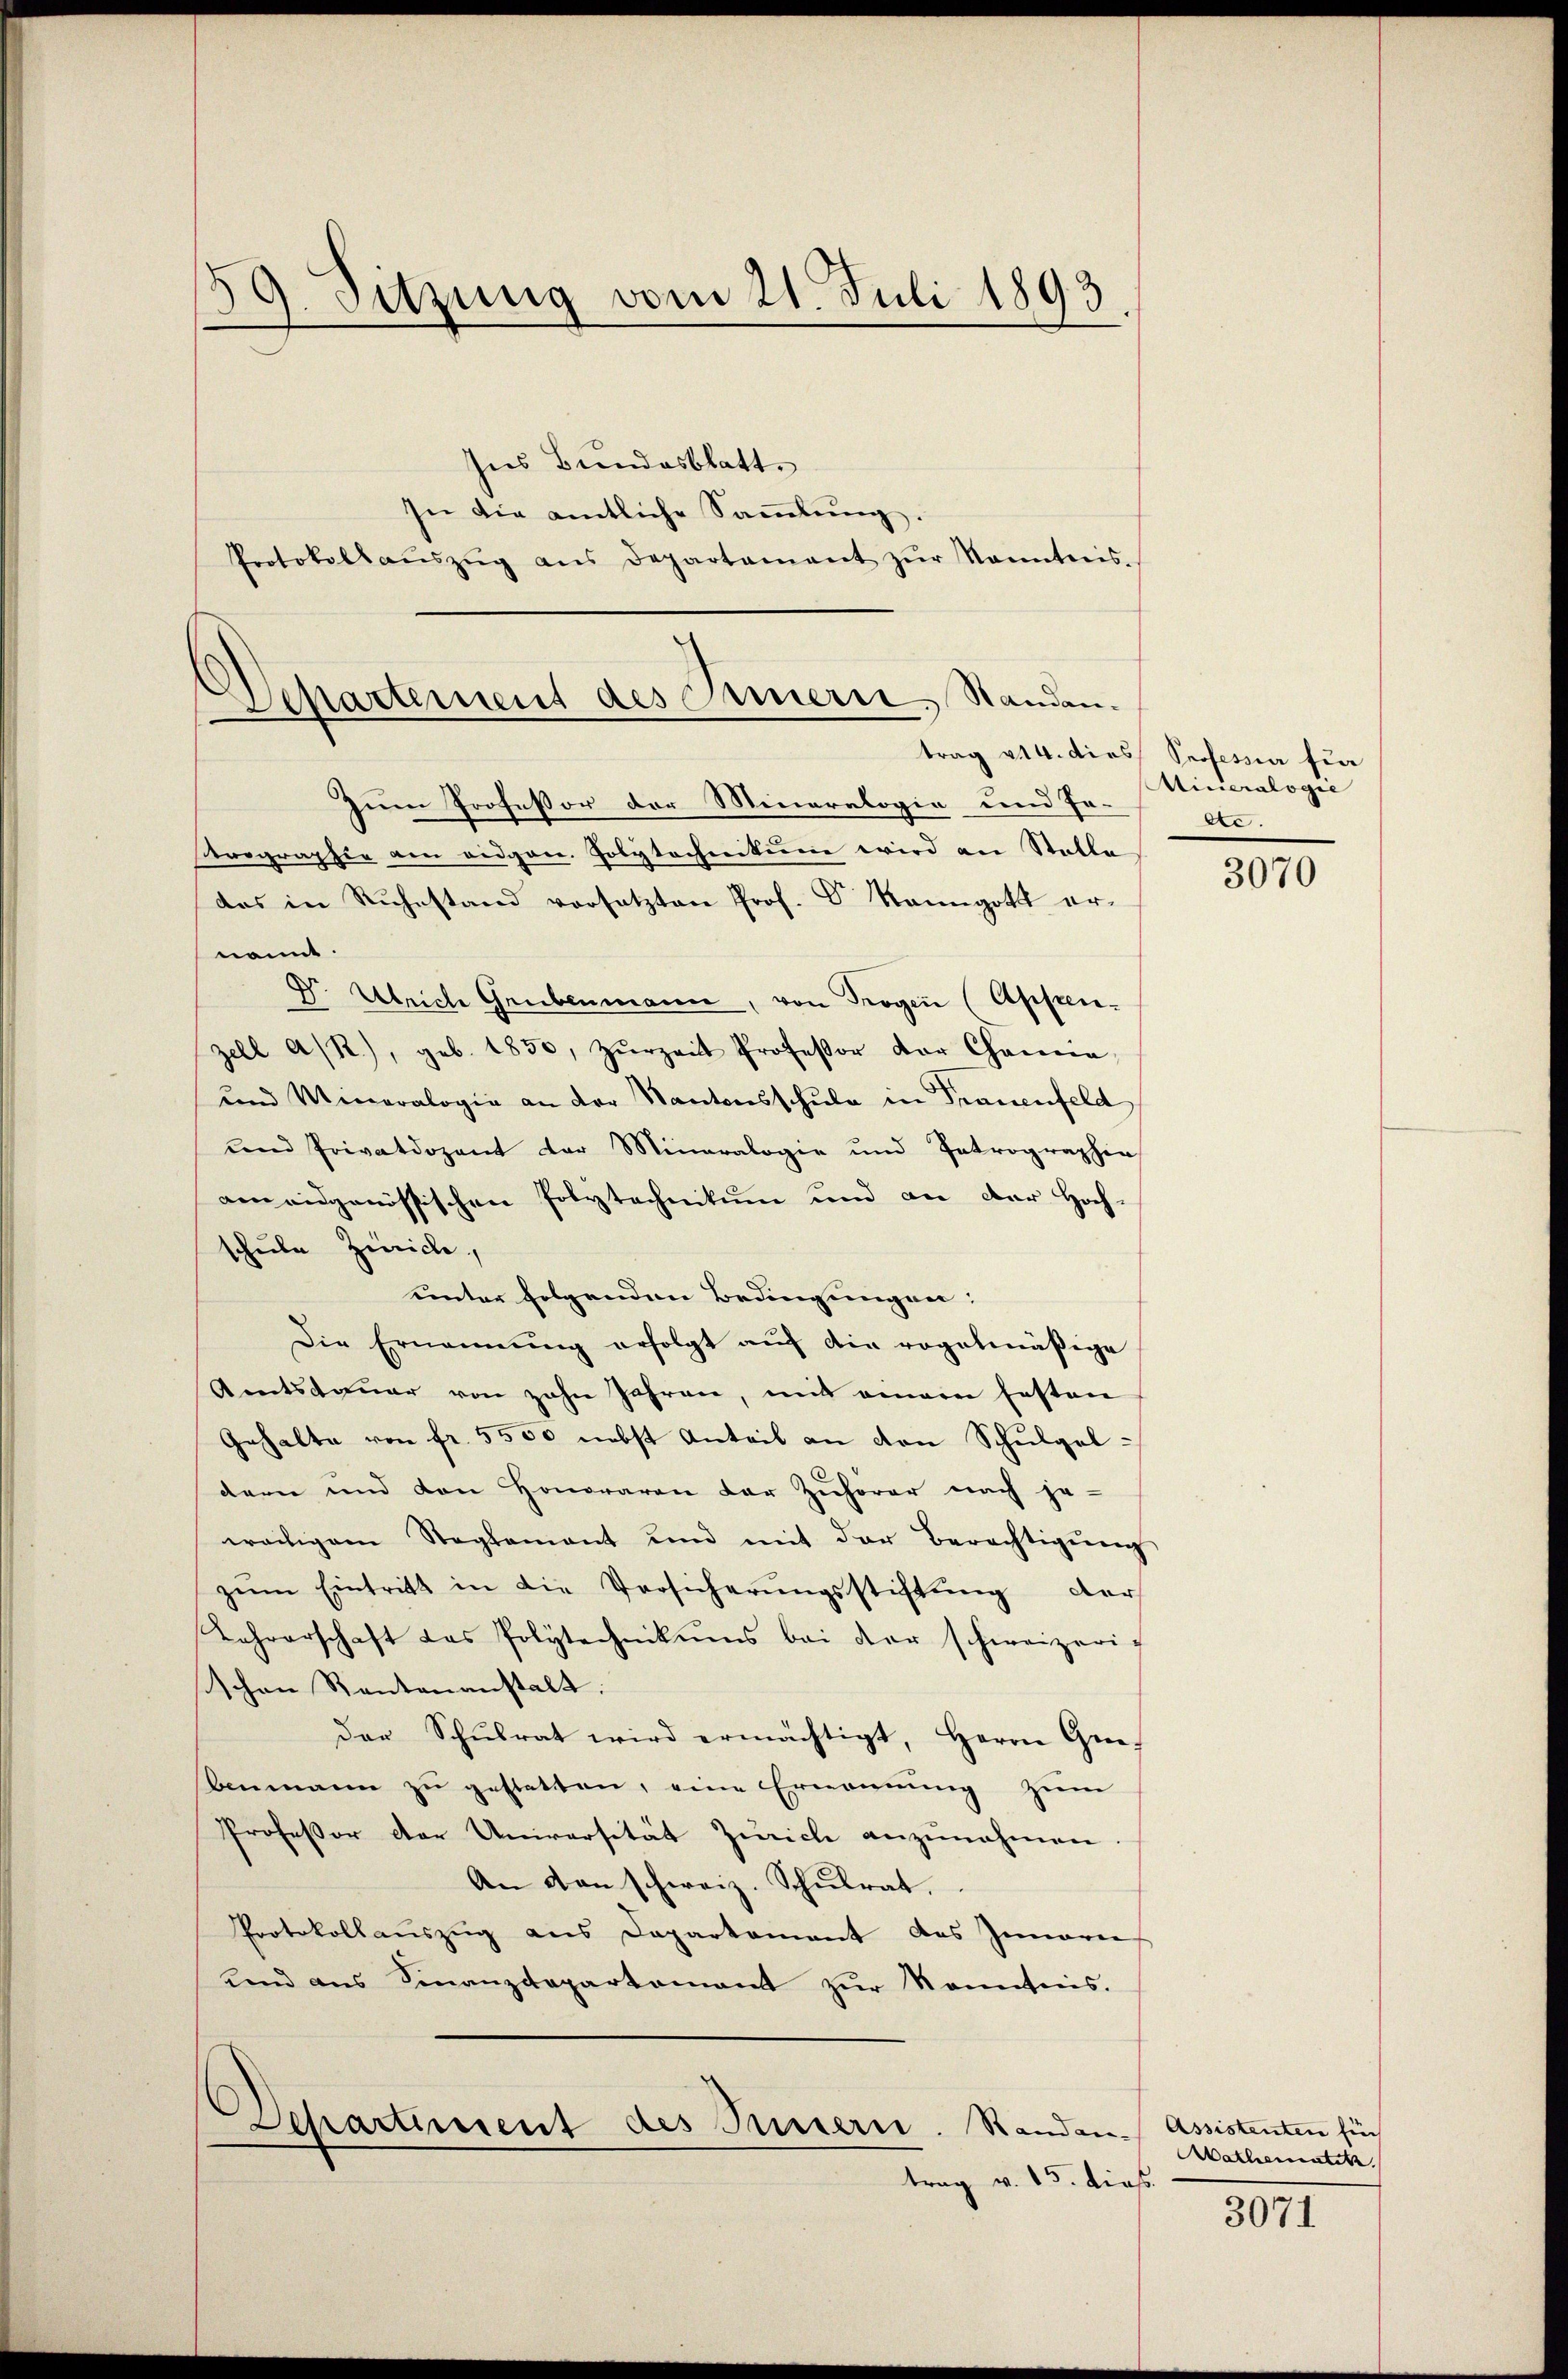
19. Sitzung vom 21. Juli 1893

Ins Bundesblatt.
In die amtliche Sammlung.
Protokollaŭszŭg ans Departament zŭr Kenntnis-

Departement des Innerer Standen.
trag 214. dies Professia für

Zum Professor der Mineralogie und Jo¬
Prographie am eidgen. Polytechnikum wird an Stelle
das in Rŭhestand versetzten Prof. Dr. Rangott er-
nannt.
Dr. Ulrich Grubenmann, von Trogen (Appen-
zell A/R.), geb. 1850, Zŭrzeit Professor der Channa
und Meneralogie an der Kantonsschule in Trauenfeld
und Privatdozent der Mineralogie und Patrographie
am eidgenössischen Polytechnikum und an der Hoch-
schule Zürich
unter folgenden Bedingungen:
Die Ernennung erfolgt auf die regelmäßige
Amtsdauer von zehn Jahren, mit einem festen
Gehalte von fr. 5500 nebst Anteil an von Schulgel-
dern und den Honoraren der Zuhörer nach je-
weiligem Steglement und mit der Berechtigŭng
zŭm Eintritt in die Versicherŭngsstiftŭng der
Lehrerschaft das Polytechnikums bei der schweizerischen Rentenanstalt:
der Schŭlrat wird ermächtigt, Herrn Grebenmann zu gestatten, eine Ernennung zum
Professor der Universität Zürich anzunehmen
An von schweiz. Schulrat.
Protokollauszug aus Departement des Innerei
und aus Finanzdepartamant zŭr Kenntnis.
Departement des Innern. Randen,
trag v. 15. dieß.

Mineralogie
ete.

3070

Assistenten für
Mathematitz

3071